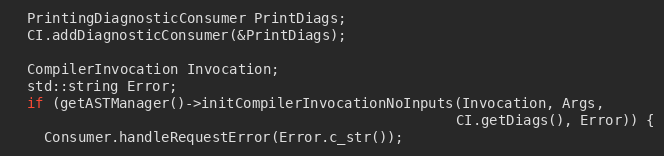
Language: C++
  PrintingDiagnosticConsumer PrintDiags;
  CI.addDiagnosticConsumer(&PrintDiags);

  CompilerInvocation Invocation;
  std::string Error;
  if (getASTManager()->initCompilerInvocationNoInputs(Invocation, Args,
                                                     CI.getDiags(), Error)) {
    Consumer.handleRequestError(Error.c_str());